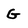
Character: G